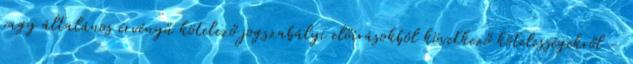
vagy általános érvényű kötelező jogszabályi előírásokból következő kötelességekről -